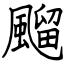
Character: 飀